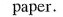
paper.